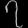
Digit: ၇